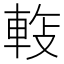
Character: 𬧵